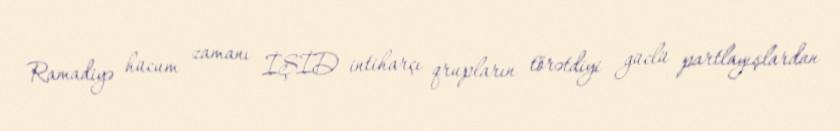
Ramadiyə hücum zamanı İŞİD intiharçı qrupların törətdiyi güclü partlayışlardan